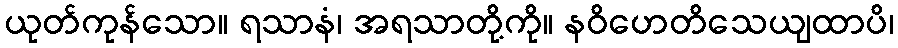
ယုတ်ကုန်သော။ ရသာနံ၊ အရသာတို့ကို။ နဝိဟေတိသေယျထာပိ၊